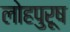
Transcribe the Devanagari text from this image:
लोहपुरूष